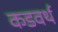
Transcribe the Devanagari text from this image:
कडवर्थ